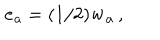
{ \bf e _ { a } } = ( 1 / 2 ) { \bf w _ { a } } \, ,